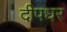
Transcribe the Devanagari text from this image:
दीपधर